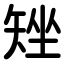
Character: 矬